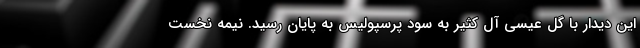
این دیدار با گل عیسی آل کثیر به سود پرسپولیس به پایان رسید. نیمه نخست